Document type: Sale
Year: 1326
Scribe: Bartomeu Marc
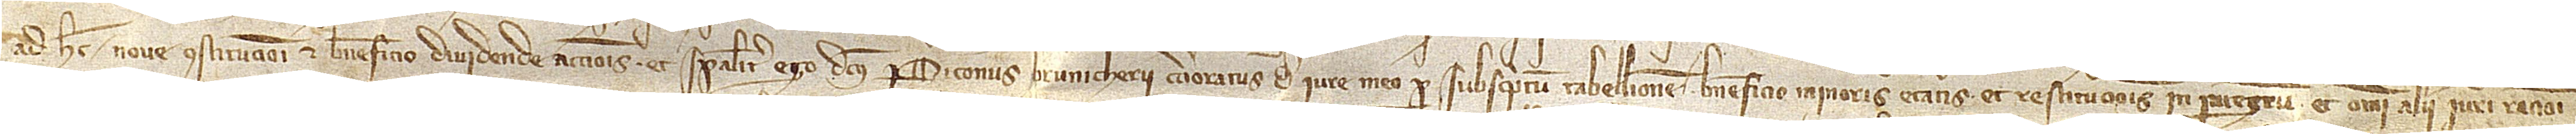
/ ad hec nove constitucioni et beneficio dividende accionis, et specialiter ego dictus Periconus Brunicherii, cercioratus de iure meo per subscriptum tabellionem beneficio minoris etatis et restitucionis in integrum et omni alii iuri, rationi